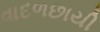
વાદળછાયી